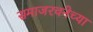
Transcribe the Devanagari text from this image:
समाजरचनेच्या